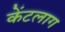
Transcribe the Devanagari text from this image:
केंटलाग